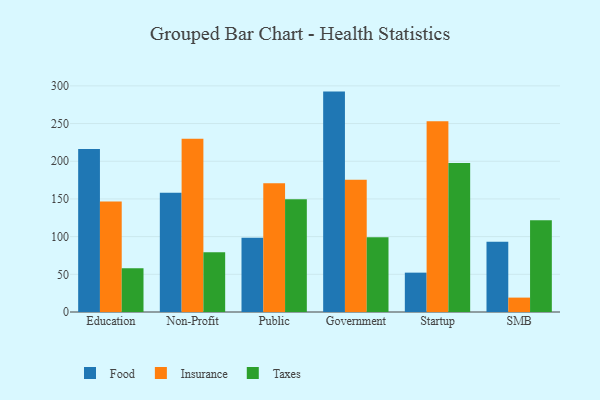
{"axis": {"x": "Segment", "y": "Gross Profit (USD K)"}, "legend": ["Food", "Insurance", "Taxes"], "data": [{"x": "Education", "y": 216.2, "type": "Food"}, {"x": "Education", "y": 146.7, "type": "Insurance"}, {"x": "Education", "y": 57.9, "type": "Taxes"}, {"x": "Non-Profit", "y": 158.1, "type": "Food"}, {"x": "Non-Profit", "y": 229.7, "type": "Insurance"}, {"x": "Non-Profit", "y": 79.4, "type": "Taxes"}, {"x": "Public", "y": 98.5, "type": "Food"}, {"x": "Public", "y": 170.7, "type": "Insurance"}, {"x": "Public", "y": 149.5, "type": "Taxes"}, {"x": "Government", "y": 292.4, "type": "Food"}, {"x": "Government", "y": 175.3, "type": "Insurance"}, {"x": "Government", "y": 99.1, "type": "Taxes"}, {"x": "Startup", "y": 52.2, "type": "Food"}, {"x": "Startup", "y": 252.9, "type": "Insurance"}, {"x": "Startup", "y": 197.7, "type": "Taxes"}, {"x": "SMB", "y": 93.2, "type": "Food"}, {"x": "SMB", "y": 19.1, "type": "Insurance"}, {"x": "SMB", "y": 121.7, "type": "Taxes"}]}